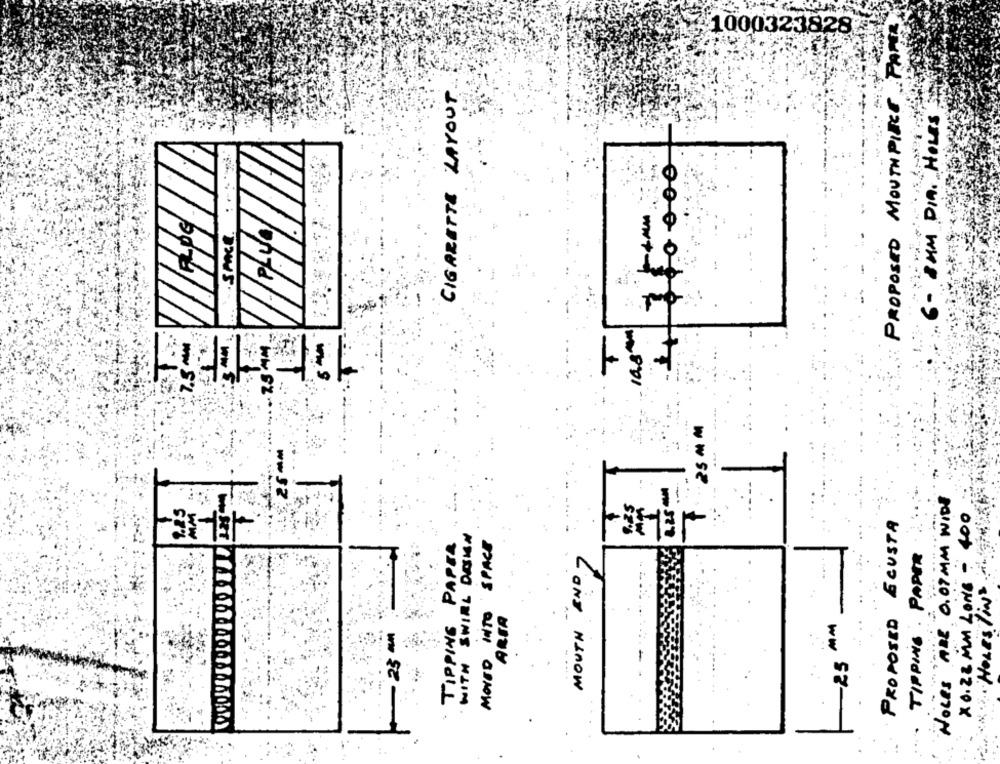
PROPOSED MOUTHPIECE. PART
10003238285
CIGARETTE LAYOUT
- 8MM DIA .. HOLES
4760000
10.8mm
7.5 -
25 MM .
25 M M
HOLES ARE 0.07 MM WIDE
PROPOSED ECUSTA
x 0.22 MM LONG - 400
WITH SWIRL DESIGN
· TIPPING PAPER
MOVED INTO SPACE
3-1
TIPPING . PAPER
UN ... 'HOLES INS ....
7
MOUTH END
-.
ARTA
MM
23 am
-- 25